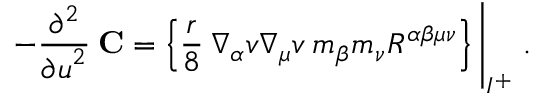
- \frac { \partial ^ { 2 } } { { \partial u } ^ { 2 } } \: { \bf C } = \left\{ \frac { r } { 8 } \: \nabla _ { \alpha } v \nabla _ { \mu } v \: m _ { \beta } m _ { \nu } R ^ { \alpha \beta \mu \nu } \right\} \Biggl | _ { { \cal I } ^ { + } } \; .